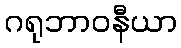
ဂရုဘာဝနီယာ